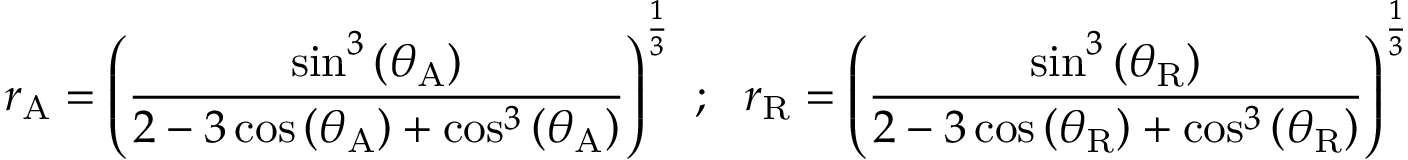
r _ { \mathrm { A } } = \left( { \frac { \sin ^ { 3 } \left( \theta _ { \mathrm { A } } \right) } { 2 - 3 \cos \left( \theta _ { \mathrm { A } } \right) + \cos ^ { 3 } \left( \theta _ { \mathrm { A } } \right) } } \right) ^ { \frac { 1 } { 3 } } ~ ; ~ ~ r _ { \mathrm { R } } = \left( { \frac { \sin ^ { 3 } \left( \theta _ { \mathrm { R } } \right) } { 2 - 3 \cos \left( \theta _ { \mathrm { R } } \right) + \cos ^ { 3 } \left( \theta _ { \mathrm { R } } \right) } } \right) ^ { \frac { 1 } { 3 } }